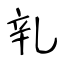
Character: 乵